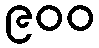
၉၀၀